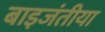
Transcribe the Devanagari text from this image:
बाइजंतीया